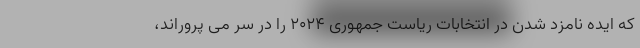
که ایده نامزد شدن در انتخابات ریاست جمهوری ۲۰۲۴ را در سر می پروراند،